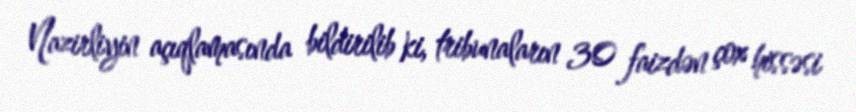
Nazirliyin açıqlamasında bildirilib ki, tribunaların 30 faizdən çox hissəsi